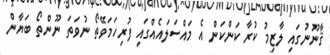
ޤާނޫނުގައި ލާޒިމު ކުރާ ކަންކަން އެ މައްސަލައެއްގައި ފުރިހަމަވޭތޯ ނުވަތަ ނޫންތޯ ބަޔާން